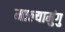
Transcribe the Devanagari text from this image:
माल्यामुंगु